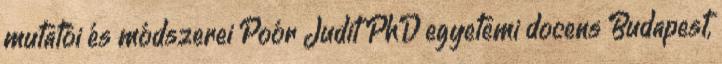
mutatói és módszerei Poór Judit PhD egyetemi docens Budapest,